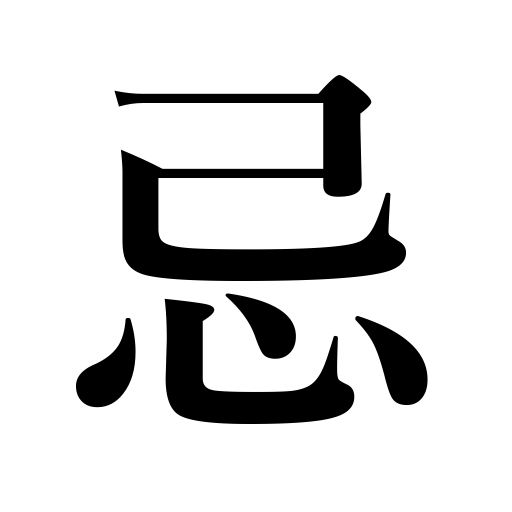
Meanings: unlucky,avoid,shun,offensive,ominous,objectionable,something detestable,death anniversary,taboo,abominable,have an aversion for,abstain from,abhor,mourning